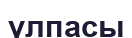
үлпасы